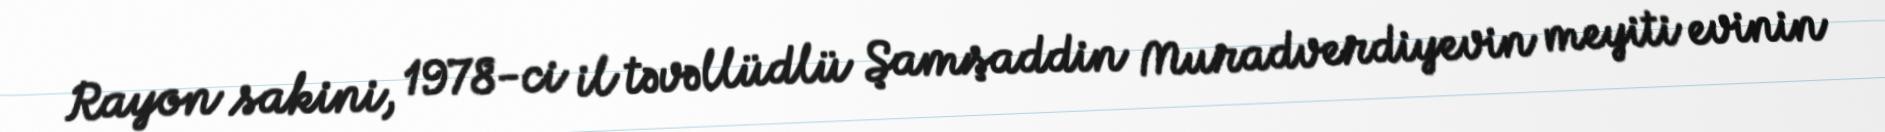
Rayon sakini, 1978-ci il təvəllüdlü Şamşaddin Muradverdiyevin meyiti evinin